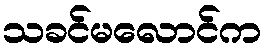
သခင်မလောင်က